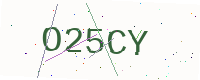
Text: O25CY